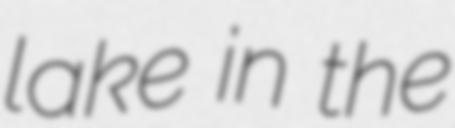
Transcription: lake in the